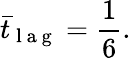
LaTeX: {{\bar{t}}_{\mathrm{~l~a~g~}}}=\frac{1}{6}.